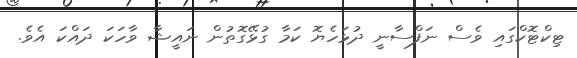
ޓިކްޓޮކްގައި ވެސް ނަފްސާނީ ދުޅަހެޔޮ ކަމާ ގުޅޭގޮތުން ނައީޝާ ވާހަކަ ދައްކަ އެވެ.